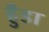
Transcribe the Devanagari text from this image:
हुँडा